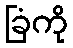
ခြံကို